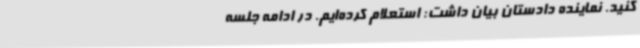
کنید. نماینده دادستان بیان داشت: استعلام کرده‌ایم. در ادامه جلسه